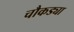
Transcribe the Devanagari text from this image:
चौकड्या